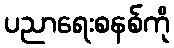
ပညာရေးစနစ်ကို